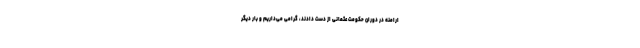
ارامنه در دوران حکومت عثمانی از دست دادند، گرامی می‌داریم و بار دیگر